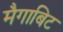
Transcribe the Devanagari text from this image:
मैगाबिट